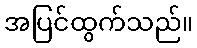
အပြင်ထွက်သည်။